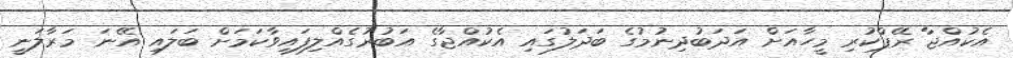
އެކުއްޖާ ރޭޕްކުރި މީހާއަށް އަދަބުދިނުމުގެ ބަދަލުގައި އެކުއްޖާގެ އަބުރުގެއްލިފައިވާކަމަށް ބަލައި އޭނަ މަރާލަނީ